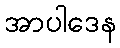
အာပါဒေန